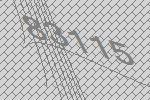
83115